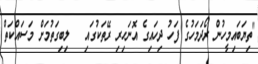
"ތިޔަބައިމީހުން ރޯދަމަހުގެ ފަހު ދިހައިގެ އޮނަހިރި ރޭތަކުގައި   ލިބިގަތުމަށް މަސައްކަތް